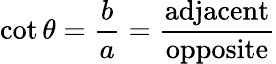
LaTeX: \cot\theta={\frac{b}{a}}={\frac{\mathrm{adjacent}}{\mathrm{opposite}}}